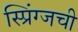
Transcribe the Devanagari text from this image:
स्प्रिंग्जची